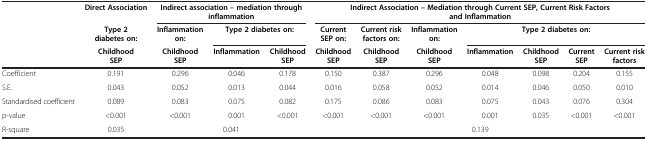
| <ROWSPAN=3>  | Direct Association | <COLSPAN=3> Indirect association – mediation through inflammation | <COLSPAN=7> Indirect Association – Mediation through Current SEP, Current Risk Factors and Inflammation |
 | Type 2 diabetes on: | Inflammation on: | <COLSPAN=2> Type 2 diabetes on: | Current SEP on: | Current risk factors on: | Inflammation on: | <COLSPAN=4> Type 2 diabetes on: |
 | Childhood SEP | Childhood SEP | Inflammation | Childhood SEP | Childhood SEP | Childhood SEP | Childhood SEP | Inflammation | Childhood SEP | Current SEP | Current risk factors |
 | --- | --- | --- | --- | --- | --- | --- | --- | --- | --- | --- | --- |
 | Coefficient | 0.191 | 0.296 | 0.046 | 0.178 | 0.150 | 0.387 | 0.296 | 0.048 | 0.098 | 0.204 | 0.155 |
 | S.E. | 0.043 | 0.052 | 0.013 | 0.044 | 0.016 | 0.058 | 0.052 | 0.014 | 0.046 | 0.050 | 0.010 |
 | Standardised coefficient | 0.089 | 0.083 | 0.075 | 0.082 | 0.175 | 0.086 | 0.083 | 0.075 | 0.043 | 0.076 | 0.304 |
 | p-value | <0.001 | <0.001 | 0.001 | <0.001 | <0.001 | <0.001 | <0.001 | 0.001 | 0.035 | <0.001 | <0.001 |
 | R-square | 0.035 | <COLSPAN=3> 0.041 | <COLSPAN=7> 0.139 |